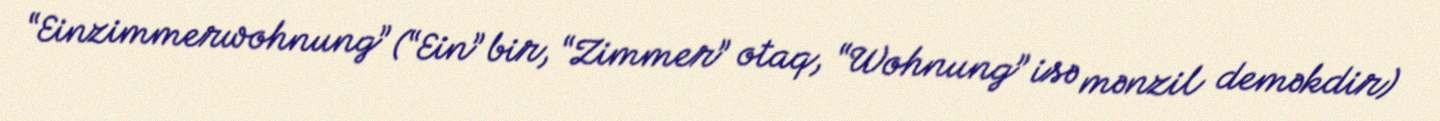
“Einzimmerwohnung” (“Ein” bir, “Zimmer” otaq, “Wohnung” isə mənzil deməkdir)